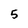
Character: 5